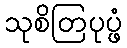
သုစိတြပုပ္ဖံ